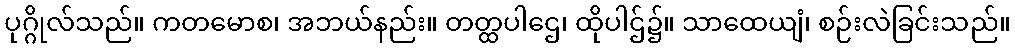
ပုဂ္ဂိုလ်သည်။ ကတမောစ၊ အဘယ်နည်း။ တတ္ထပါဌေ၊ ထိုပါဌ်၌။ သာထေယျံ၊ စဉ်းလဲခြင်းသည်။